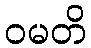
ဝမတိ